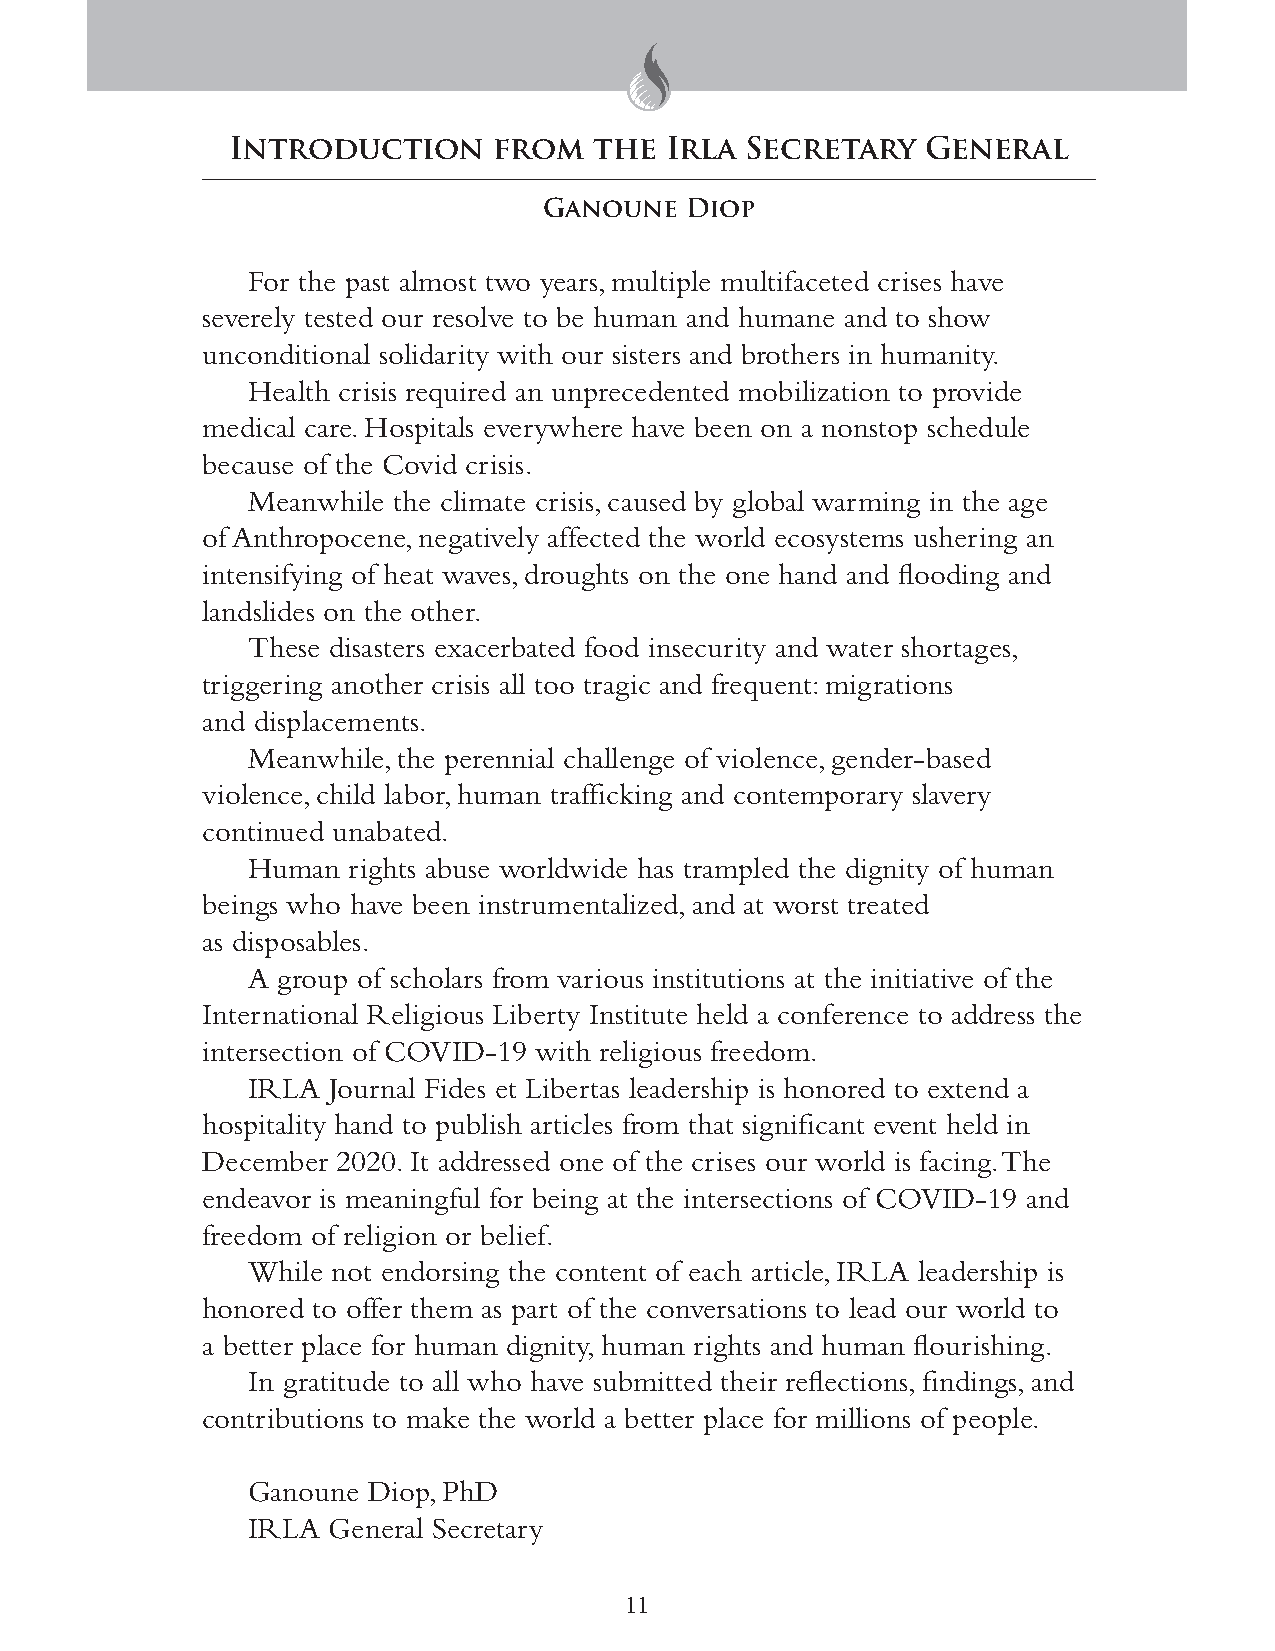
Introduction      from  the  Irla Secretary   General
 Ganoune  Diop
 For the past almost two years, multiple multifaceted crises have
 severely tested our resolve to be human and humane and to show
 unconditional solidarity with our sisters and brothers in humanity.
 Health crisis required an unprecedented mobilization to provide
 medical care. Hospitals everywhere have been on a nonstop schedule
 because of the Covid crisis.
 Meanwhile the climate crisis, caused by global warming in the age
 of Anthropocene, negatively affected the world ecosystems ushering an
 intensifying of heat waves, droughts on the one hand and flooding and
 landslides on the other.
 These disasters exacerbated food insecurity and water shortages,
 triggering another crisis all too tragic and frequent: migrations
 and displacements.
 Meanwhile, the perennial challenge of violence, gender-based
 violence, child labor, human trafficking and contemporary slavery
 continued unabated.
 Human  rights abuse worldwide has trampled the dignity of human
 beings who have been instrumentalized, and at worst treated
 as disposables.
 A group of scholars from various institutions at the initiative of the
 International Religious Liberty Institute held a conference to address the
 intersection of COVID-19 with religious freedom.
 IRLA  Journal Fides et Libertas leadership is honored to extend a
 hospitality hand to publish articles from that significant event held in
 December 2020. It addressed one of the crises our world is facing. The
 endeavor is meaningful for being at the intersections of COVID-19 and
 freedom of religion or belief.
 While not endorsing the content of each article, IRLA leadership is
 honored to offer them as part of the conversations to lead our world to
 a better place for human dignity, human rights and human flourishing.
 In gratitude to all who have submitted their reflections, findings, and
 contributions to make the world a better place for millions of people.
 Ganoune Diop, PhD
 IRLA  General Secretary
 11